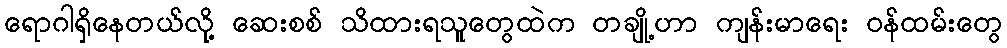
ရောဂါရှိနေတယ်လို့ ဆေးစစ် သိထားရသူတွေထဲက တချို့ဟာ ကျန်းမာရေး ဝန်ထမ်းတွေ